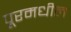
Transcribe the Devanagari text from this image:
पूरमधील